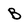
Character: B